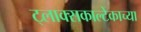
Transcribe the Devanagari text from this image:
ट्लाक्सकाल्टेकाच्या